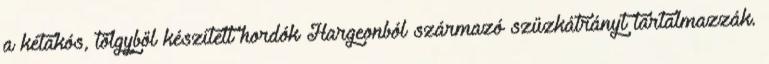
a kétakós, tölgyből készített hordók Hargeonból származó szűzkátrányt tartalmazzák.